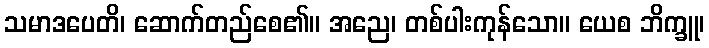
သမာဒပေတိ၊ ဆောက်တည်စေ၏။ အညေ၊ တစ်ပါးကုန်သော။ ယေစ ဘိက္ခူ၊